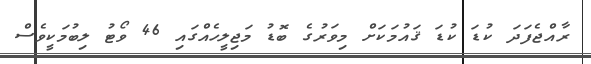
ރާއްޖެފަދަ ކުޑަ ކުޑަ ޤައުމަކަށް މިވަރުގެ ބޮޑު މަޖިލީހެއްގައި 46 ވޯޓު ލިބުމަކީވެސް